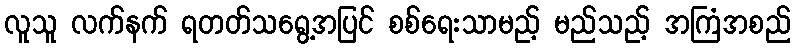
လူသူ လက်နက် ရတတ်သရွေ့အပြင် စစ်ရေးသာမည့် မည်သည့် အကြံအစည်